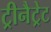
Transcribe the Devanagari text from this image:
ट्रीनैट्रेट